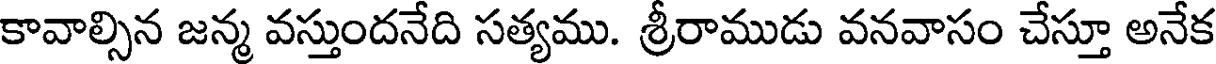
కావాల్సిన జన్మ వస్తుందనేది సత్యము. శ్రీరాముడు వనవాసం చేస్తూ అనేక